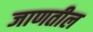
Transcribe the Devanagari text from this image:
जाणतील